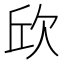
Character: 𣢥